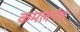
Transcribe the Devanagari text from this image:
कमलनेत्र